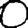
Digit: 0